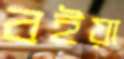
বইয়া